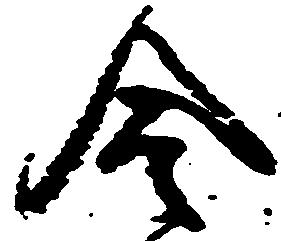
合